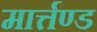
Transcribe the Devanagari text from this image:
मार्त्तण्ड